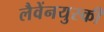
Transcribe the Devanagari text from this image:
लैवेंनयुस्की